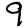
Digit: 9